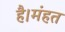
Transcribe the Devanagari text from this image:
है।मंहत